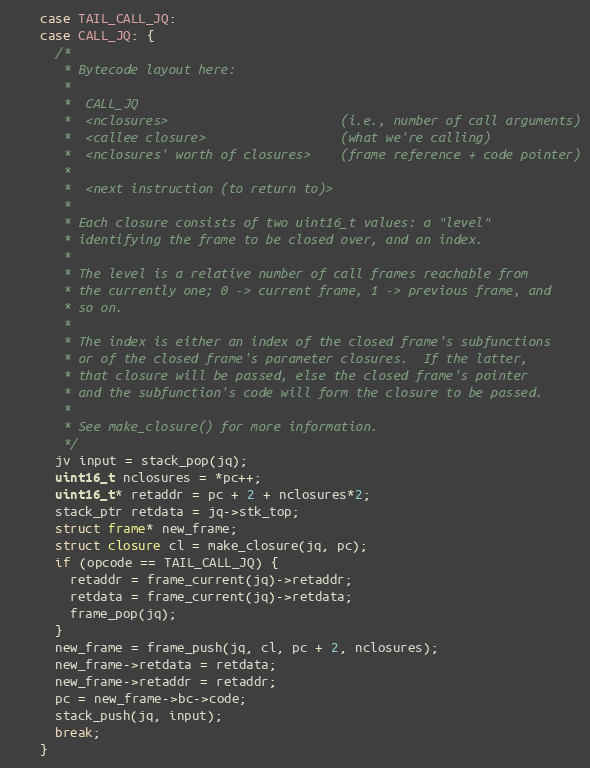
Language: C
    case TAIL_CALL_JQ:
    case CALL_JQ: {
      /*
       * Bytecode layout here:
       *
       *  CALL_JQ
       *  <nclosures>                       (i.e., number of call arguments)
       *  <callee closure>                  (what we're calling)
       *  <nclosures' worth of closures>    (frame reference + code pointer)
       *
       *  <next instruction (to return to)>
       *
       * Each closure consists of two uint16_t values: a "level"
       * identifying the frame to be closed over, and an index.
       *
       * The level is a relative number of call frames reachable from
       * the currently one; 0 -> current frame, 1 -> previous frame, and
       * so on.
       *
       * The index is either an index of the closed frame's subfunctions
       * or of the closed frame's parameter closures.  If the latter,
       * that closure will be passed, else the closed frame's pointer
       * and the subfunction's code will form the closure to be passed.
       *
       * See make_closure() for more information.
       */
      jv input = stack_pop(jq);
      uint16_t nclosures = *pc++;
      uint16_t* retaddr = pc + 2 + nclosures*2;
      stack_ptr retdata = jq->stk_top;
      struct frame* new_frame;
      struct closure cl = make_closure(jq, pc);
      if (opcode == TAIL_CALL_JQ) {
        retaddr = frame_current(jq)->retaddr;
        retdata = frame_current(jq)->retdata;
        frame_pop(jq);
      }
      new_frame = frame_push(jq, cl, pc + 2, nclosures);
      new_frame->retdata = retdata;
      new_frame->retaddr = retaddr;
      pc = new_frame->bc->code;
      stack_push(jq, input);
      break;
    }